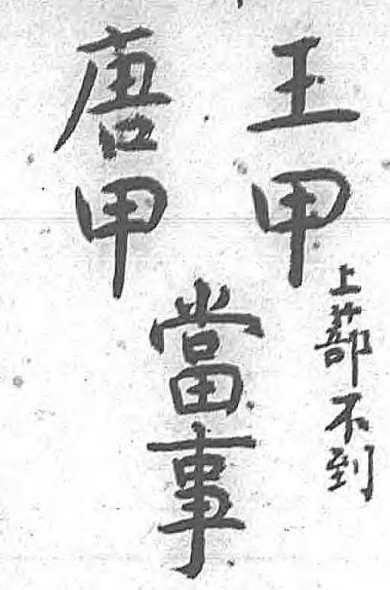
王唐上當甲甲蔀事  不   到